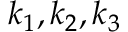
k _ { 1 } , k _ { 2 } , k _ { 3 }